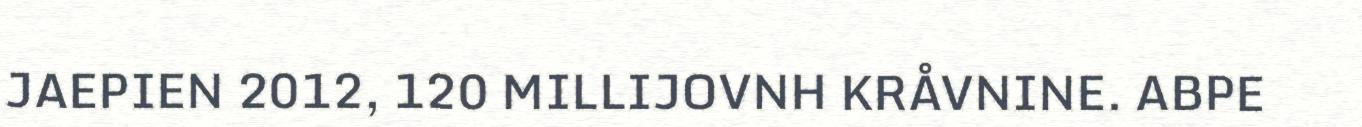
JAEPIEN 2012, 120 MILLIJOVNH KRÅVNINE. ABPE